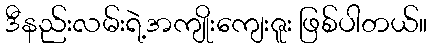
ဒီနည်းလမ်းရဲ့အကျိုးကျေးဇူး ဖြစ်ပါတယ်။